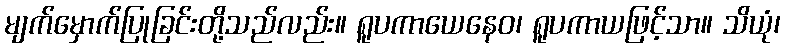
မျက်မှောက်ပြုခြင်းတို့သည်လည်း။ ရူပကာယေနေဝ၊ ရူပကာယဖြင့်သာ။ သိယုံ၊